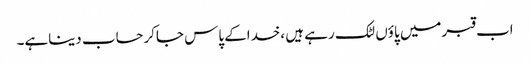
اب قبرمیں پاؤں لٹک رہے ہیں ،خداکے پاس جاکرحساب دیناہے۔